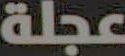
عجلة